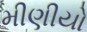
મીણીયો